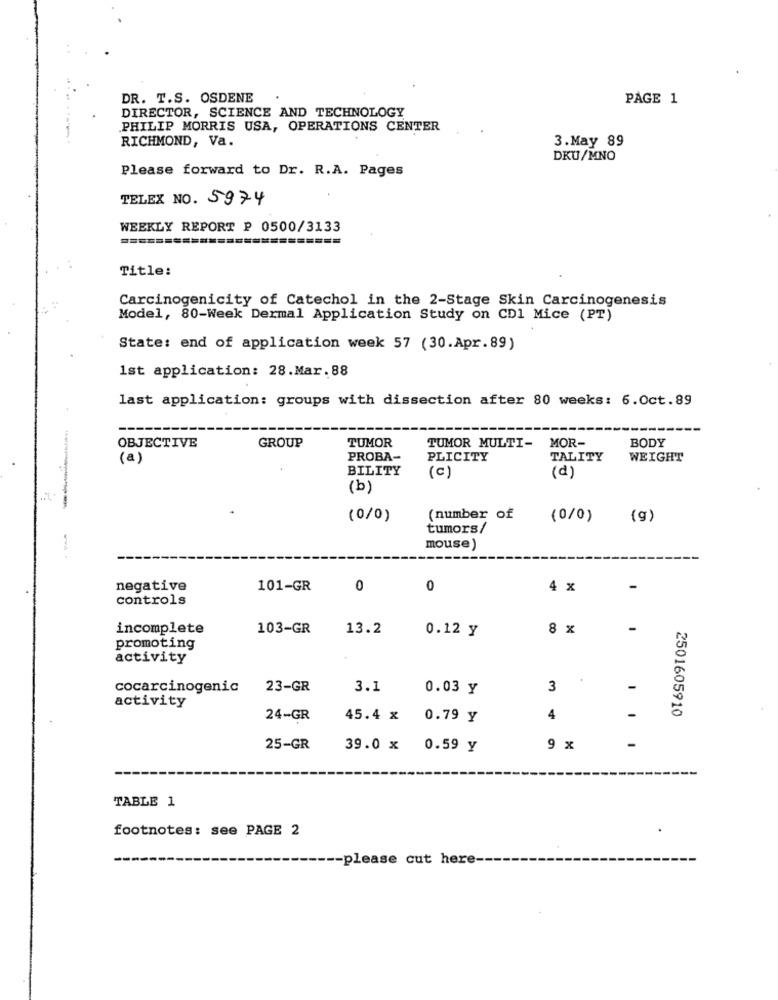
DR. T.S. OSDENE
PAGE 1
DIRECTOR, SCIENCE AND TECHNOLOGY
PHILIP MORRIS USA, OPERATIONS CENTER
RICHMOND, Va.
3.May 89
DKU/MNO
Please forward to Dr. R.A. Pages
TELEX NO. 5974
WEEKLY REPORT P 0500/3133
======
Title:
Carcinogenicity of Catechol in the 2-Stage Skin Carcinogenesis
Model, 80-Week Dermal Application Study on CD1 Mice (PT)
State: end of application week 57 (30.Apr.89)
1st application: 28.Mar.88
last application: groups with dissection after 80 weeks: 6.0ct.89
TUMOR
MOR-
OBJECTIVE
GROUP
TUMOR MULTI-
BODY
(a)
PROBA-
PLICITY
TALITY
WEIGHT
BILITY
(C)
(d)
(b)
(0/0)
(number of
(0/0)
(g)
tumors/
mouse)
--
negative
101-GR
0
0
4 x
controls
incomplete
103-GR
13.2
0.12 y
8 x
-
promoting
activity
cocarcinogenic
23-GR
3.1
0.03 Y
3
-
activity
24-GR
45.4 x
0.79 Y
4
2501605910
25-GR
39.0 x
0.59 Y
9 x
-
TABLE 1
footnotes: see PAGE 2
-please cut here-